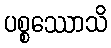
ပစ္စဿောသိ